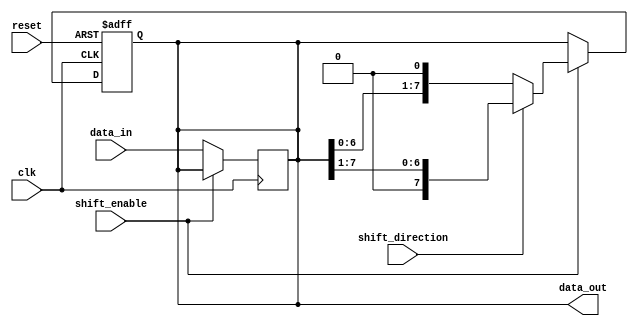
module ParameterizedShiftRegister #(
    parameter WIDTH = 8 // Parameter for the width of the shift register
)(
    input wire clk,                // Clock input
    input wire reset,              // Asynchronous reset input
    input wire shift_enable,       // Shift control input
    input wire shift_direction,     // Shift direction: 0 for left, 1 for right
    input wire [WIDTH-1:0] data_in, // Parallel data input
    output reg [WIDTH-1:0] data_out // Parallel data output
);

    // Internal register to hold the shift register value
    reg [WIDTH-1:0] shift_reg;

    // Asynchronous reset and shifting behavior
    always @(posedge clk or posedge reset) begin
        if (reset) begin
            // Reset the shift register to zero
            shift_reg <= {WIDTH{1'b0}};
        end else if (shift_enable) begin
            if (shift_direction) begin
                // Shift right
                shift_reg <= {1'b0, shift_reg[WIDTH-1:1]};
            end else begin
                // Shift left
                shift_reg <= {shift_reg[WIDTH-2:0], 1'b0};
            end
        end
    end

    // Load data into the shift register when not shifting
    always @(posedge clk) begin
        if (!shift_enable) begin
            shift_reg <= data_in;
        end
    end

    // Assign the output
    always @(*) begin
        data_out = shift_reg;
    end

endmodule